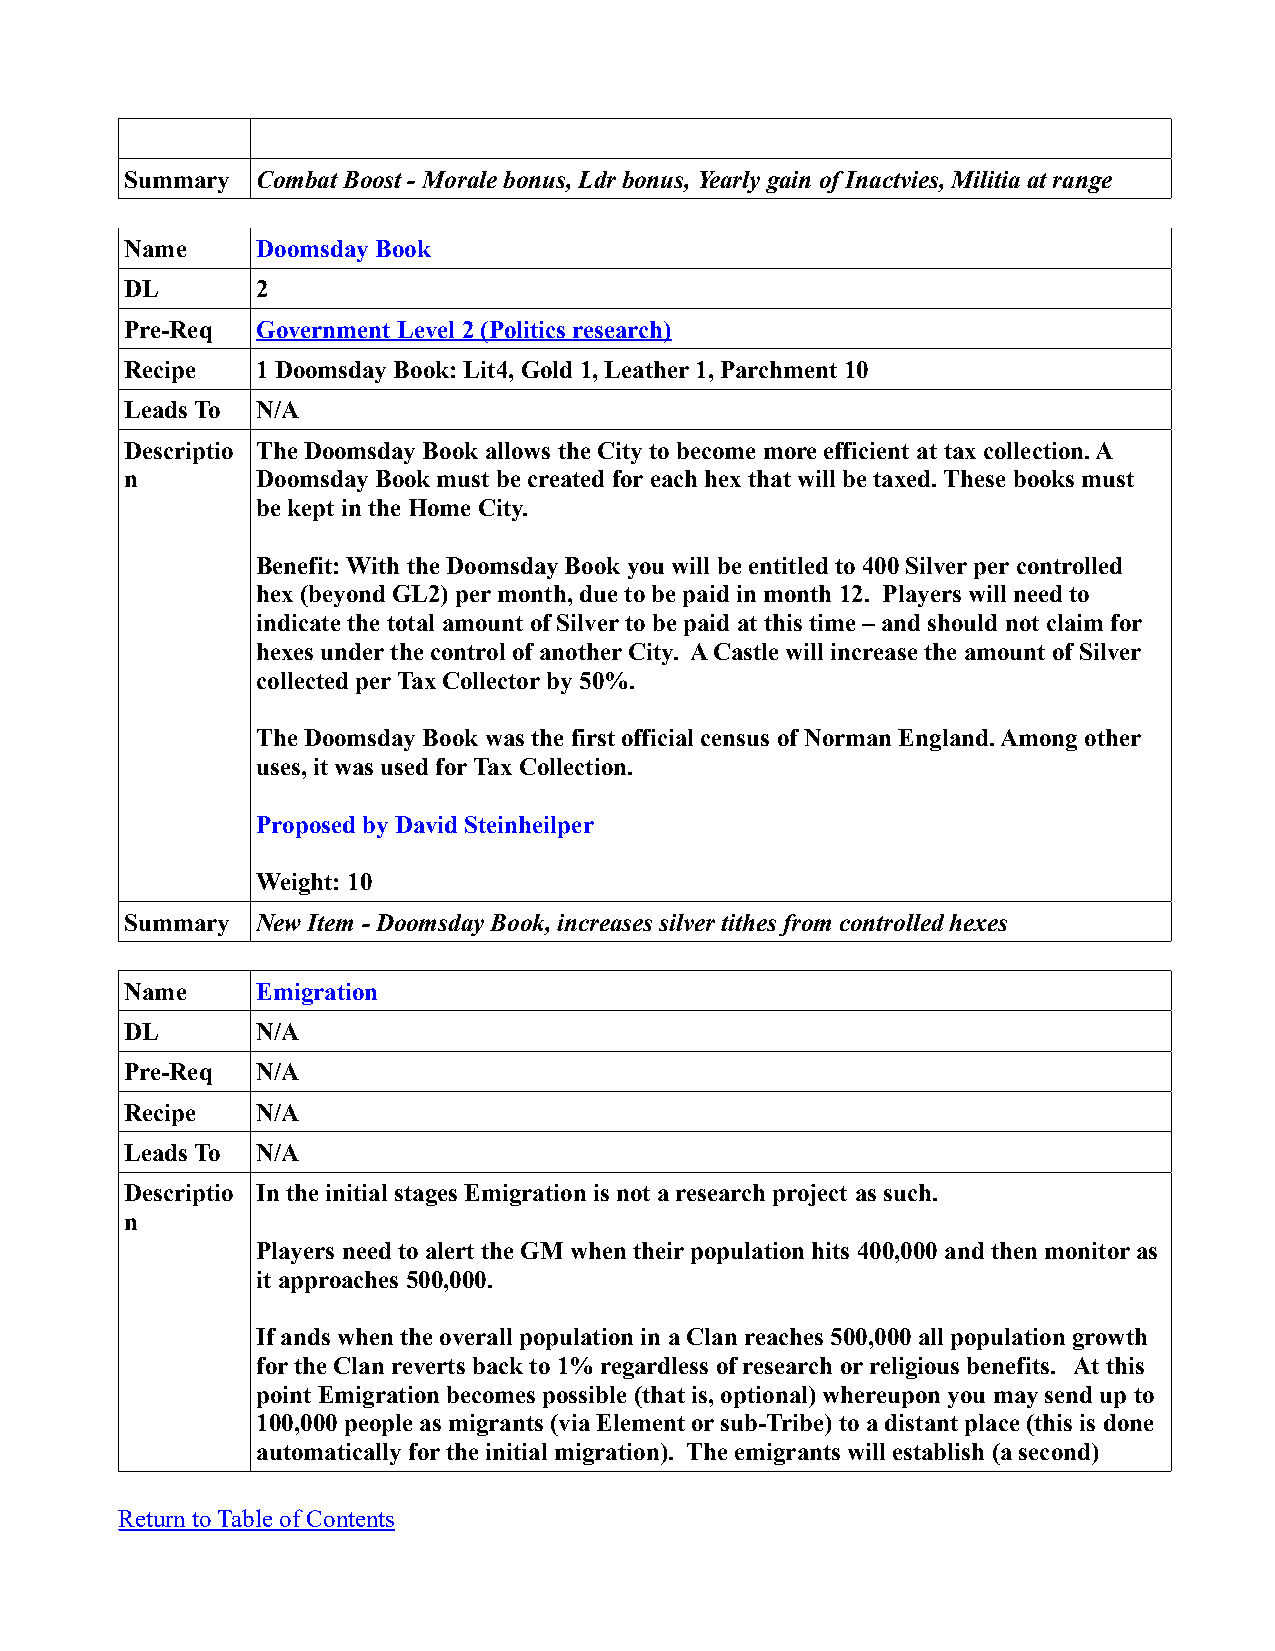
Summary  Combat Boost - Morale bonus, Ldr bonus, Yearly gain of Inactvies, Militia at range
 Name     Doomsday Book
 DL       2
 Pre-Req  Government Level 2 (Politics research)
 Recipe   1 Doomsday Book: Lit4, Gold 1, Leather 1, Parchment 10
 Leads To N/A
 Descriptio The Doomsday Book allows the City to become more efficient at tax collection. A
 n        Doomsday Book must be created for each hex that will be taxed. These books must
 be kept in the Home City.
 Benefit: With the Doomsday Book you will be entitled to 400 Silver per controlled
 hex (beyond GL2) per month, due to be paid in month 12. Players will need to
 indicate the total amount of Silver to be paid at this time – and should not claim for
 hexes under the control of another City. A Castle will increase the amount of Silver
 collected per Tax Collector by 50%.
 The Doomsday Book was the first official census of Norman England. Among other
 uses, it was used for Tax Collection.
 Proposed by David Steinheilper
 Weight: 10
 Summary  New Item - Doomsday Book, increases silver tithes from controlled hexes
 Name     Emigration
 DL       N/A
 Pre-Req  N/A
 Recipe   N/A
 Leads To N/A
 Descriptio In the initial stages Emigration is not a research project as such.
 n
 Players need to alert the GM when their population hits 400,000 and then monitor as
 it approaches 500,000.
 If ands when the overall population in a Clan reaches 500,000 all population growth
 for the Clan reverts back to 1% regardless of research or religious benefits. At this
 point Emigration becomes possible (that is, optional) whereupon you may send up to
 100,000 people as migrants (via Element or sub-Tribe) to a distant place (this is done
 automatically for the initial migration). The emigrants will establish (a second)
 Return to Table of Contents